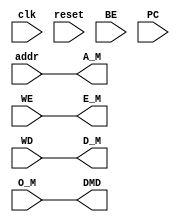
`timescale 1ns / 1ps

module DM(
	input clk,
	input reset,
    input [31:0] addr,
	input WE,
	input [3:0] BE,
	input [31:0] WD,
	input [31:0] PC,
	output [31:0] DMD,
	//for bridge
	output [31:0] D_M,
	output [31:0] A_M,
	output E_M,
	input [31:0] O_M
    );

	assign E_M=WE;
	assign A_M=addr;
	assign DMD=O_M;
	assign D_M=WD;
	/*
	reg [31:0] toWrite;
	always@(*)begin
		toWrite=O_M;
		if(BE[0])toWrite[7:0]=WD[7:0];
		if(BE[1])toWrite[15:8]=WD[15:8];
		if(BE[2])toWrite[23:16]=WD[23:16];
		if(BE[3])toWrite[31:24]=WD[31:24];
	end
	*/
	always@(posedge clk)begin
		if(WE
			&& addr<=32'h2fff
		)begin
			//$display("%d@%h: *%h <= %h", $time, PC, {addr[31:2],2'b0},toWrite);
		end
	end

endmodule